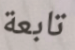
تابعة